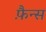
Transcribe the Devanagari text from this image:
फ़ैन्स